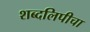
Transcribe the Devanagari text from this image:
शब्दलिपीचा